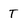
Character: t